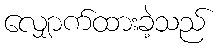
လျှောက်ထားခဲ့သည်